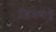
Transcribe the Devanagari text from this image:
जिमबाब्वे